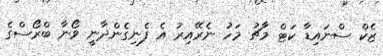
ޒެކް ސްނައިޑާ ކަޓް މާޗު މަހު ނެރޭއިރު އެ ފެނިގެންދާނީ ވޯނާ ބްރޯސްގެ